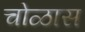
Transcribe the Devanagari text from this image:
चोळास